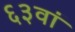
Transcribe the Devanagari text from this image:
६३वां